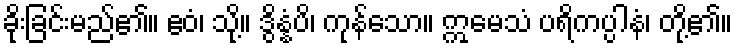
ခိုးခြင်းမည်၏။ ဧဝံ၊ သို့။ ဒွိန္နံပိ၊ ကုန်သော။ ဣမေသံ ပရိကပ္ပါနံ၊ တို့၏။